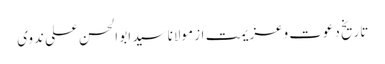
تاریخ دعوت وعزیمت از مولانا سید ابو الحسن علی ندوی